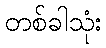
တစ်ခါသုံး